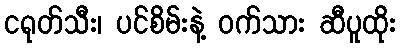
ငရုတ်သီး၊ ပင်စိမ်းနဲ့ ဝက်သား ဆီပူထိုး